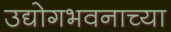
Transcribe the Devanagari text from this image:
उद्योगभवनाच्या